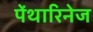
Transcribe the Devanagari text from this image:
पेंथारिनेज